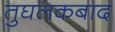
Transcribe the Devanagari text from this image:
तुघलकबाद